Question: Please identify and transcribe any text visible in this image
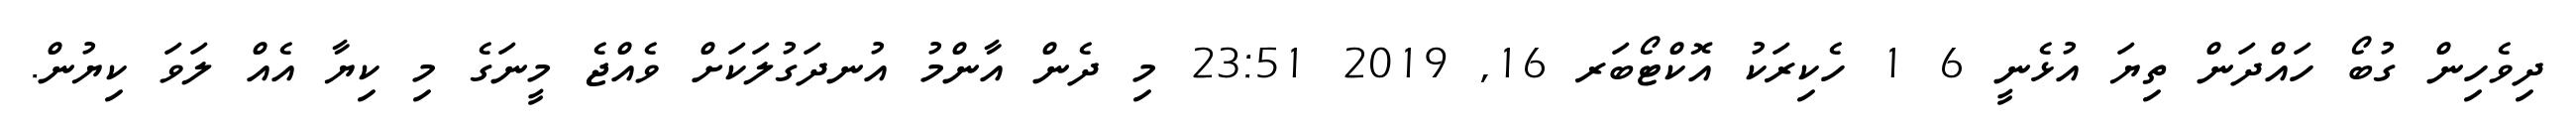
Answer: ދިވެހިން ގުބޯ ހައްދަން ތިޔަ އުޅެނީ 6 1 ހެކިރަކު އޮކްޓޯބަރ 16, 2019 23:51 މި ދެން އާންމު އުނދަގުލަކަށް ވެއްޖެ މީނަގެ މި ކިޔާ އެއް ލަވަ ކިޔުން.